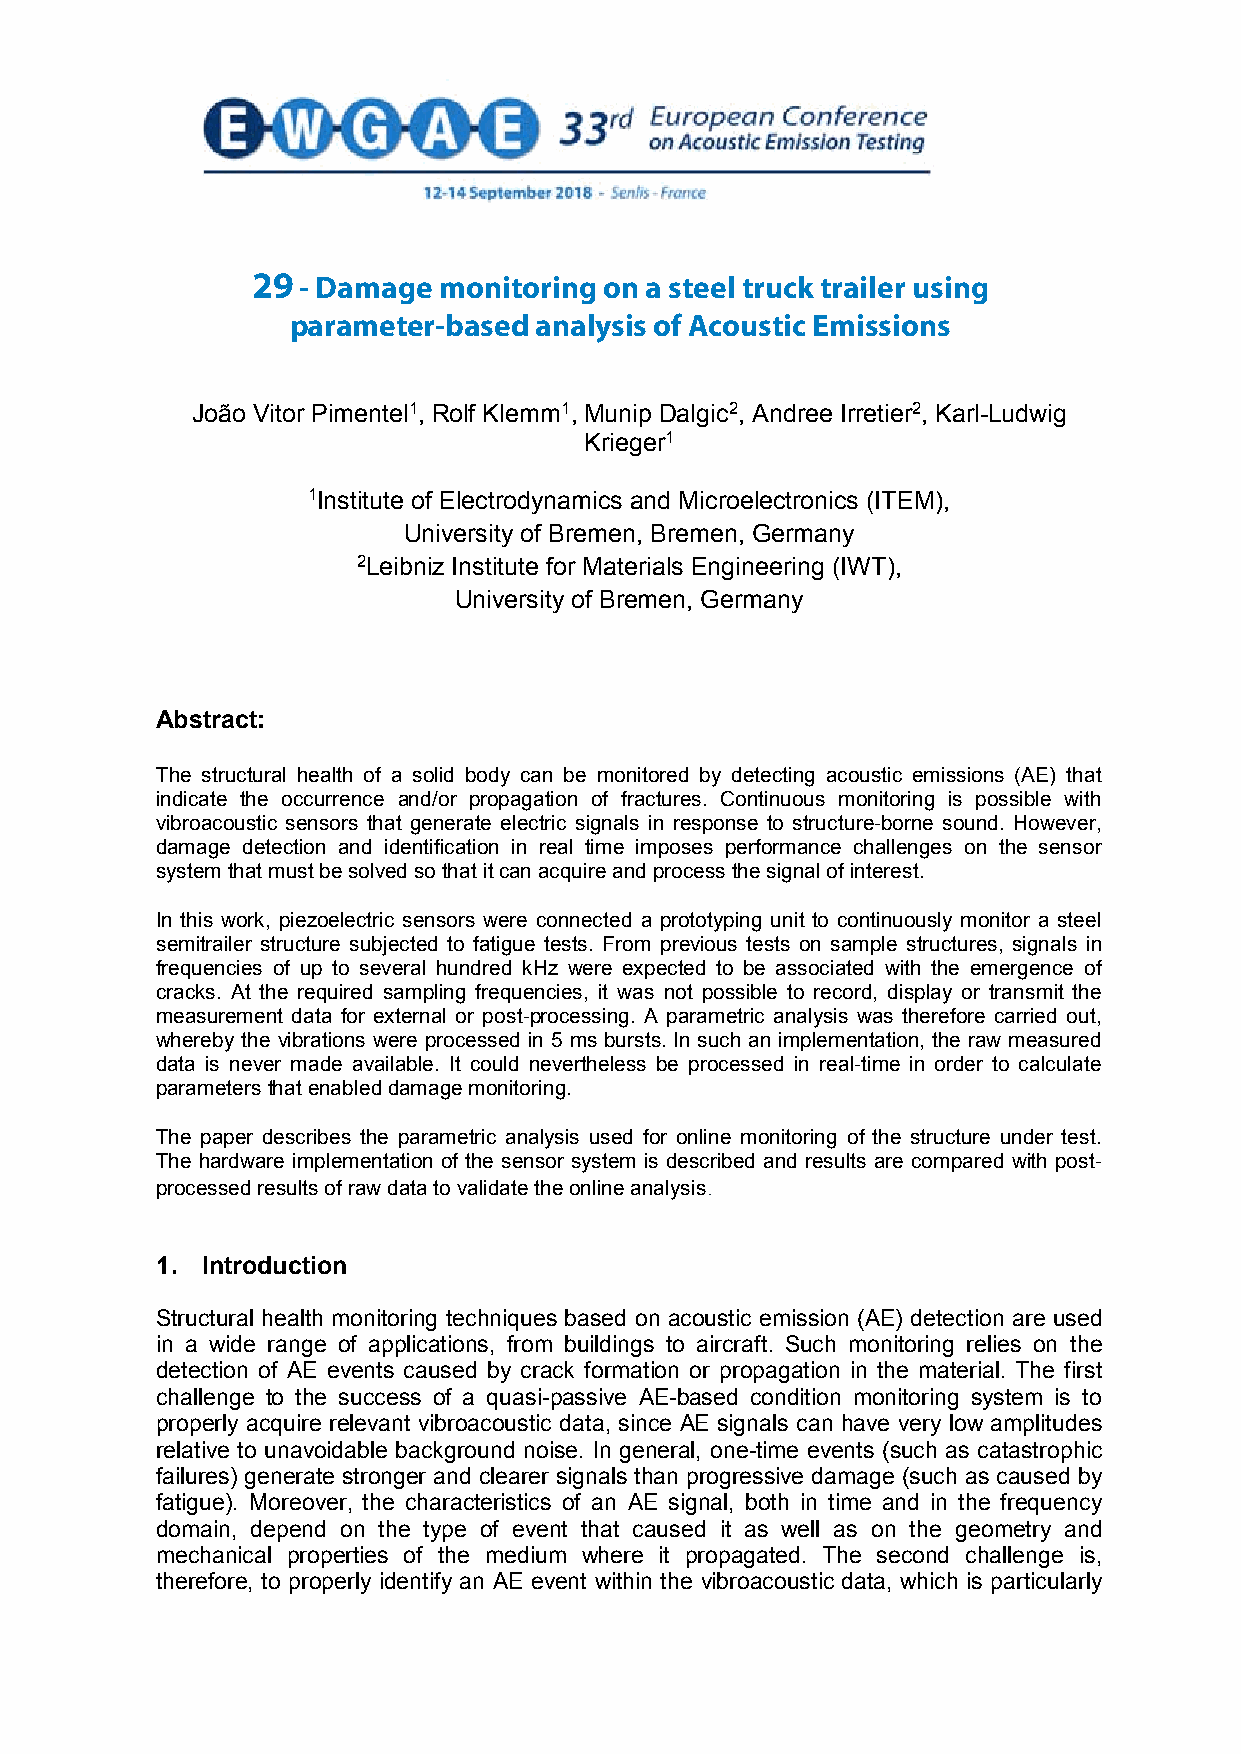
29 - Damage monitoring on a steel truck trailer using
 DAMAGE   MONITORING    ON A STEEL  TRUCK  TRAILER  USING
 parameter-based analysis of Acoustic Emissions
 PARAMETER-BASED     ANALYSIS   OF ACOUSTIC  EMISSIONS
 João Vitor Pimentel1, Rolf Klemm1, Munip Dalgic2, Andree Irretier2, Karl-Ludwig
 Krieger1
 1Institute of Electrodynamics and Microelectronics (ITEM),
 University of Bremen, Bremen, Germany
 2Leibniz Institute for Materials Engineering (IWT),
 University of Bremen, Germany
 Abstract:
 The structural health of a solid body can be monitored by detecting acoustic emissions (AE) that
 indicate the occurrence and/or propagation of fractures. Continuous monitoring is possible with
 vibroacoustic sensors that generate electric signals in response to structure-borne sound. However,
 damage detection and identification in real time imposes performance challenges on the sensor
 system that must be solved so that itcan acquire and process the signal of interest.
 In this work, piezoelectric sensors were connected a prototyping unit to continuously monitor a steel
 semitrailer structure subjected to fatigue tests. From previous tests on sample structures, signals in
 frequencies of up to several hundred kHz were expected to be associated with the emergence of
 cracks. At the required sampling frequencies, it was not possible to record, display or transmit the
 measurement data for external or post-processing. A parametric analysis was therefore carried out,
 whereby the vibrations were processed in 5 ms bursts. In such an implementation, the raw measured
 data is never made available. It could nevertheless be processed in real-time in order to calculate
 parametersthat enableddamage monitoring.
 The paper describes the parametric analysis used for online monitoring of the structure under test.
 The hardware implementation of the sensor system is described and results are compared with post-
 processed results of raw data to validate the online analysis.
 1. Introduction
 Structural health monitoring techniques based on acoustic emission (AE) detection are used
 in a wide range of applications, from buildings to aircraft. Such monitoring relies on the
 detection of AE events caused by crack formation or propagation in the material. The first
 challenge to the success of a quasi-passive AE-based condition monitoring system is to
 properly acquire relevant vibroacoustic data, since AE signals can have very low amplitudes
 relative to unavoidable background noise. In general, one-time events (such as catastrophic
 failures) generate stronger and clearer signals than progressive damage (such as caused by
 fatigue). Moreover, the characteristics of an AE signal, both in time and in the frequency
 domain, depend on the type of event that caused it as well as on the geometry and
 mechanical properties of the medium where it propagated. The second challenge is,
 therefore, to properly identify an AE event within the vibroacoustic data, which is particularly
 1